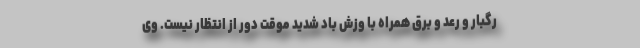
رگبار و رعد و برق همراه با وزش باد شدید موقت دور از انتظار نیست. وی